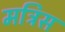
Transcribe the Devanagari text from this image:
मत्रिस